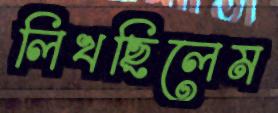
লিখছিলেম